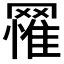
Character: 𦌐